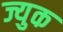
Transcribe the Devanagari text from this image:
ज्युक